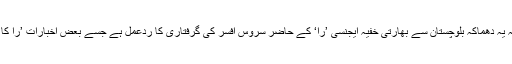
بہت آسان ہوگا کہ ہم یہ کہہ دیں کہ یہ دھماکہ بلوچستان سے بھارتی خفیہ ایجنسی ’را‘ کے حاضر سروس افسر کی گرفتاری کا ردعمل ہے جسے بعض اخبارات ’را کا ایجنٹ‘ بھی نہیں لکھ سکے تھے ۔